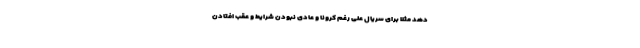
دهد مثلا برای سریال علی رغم کرونا و عادی نبودن شرایط و عقب افتادن